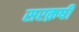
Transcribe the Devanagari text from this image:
सरक़षी